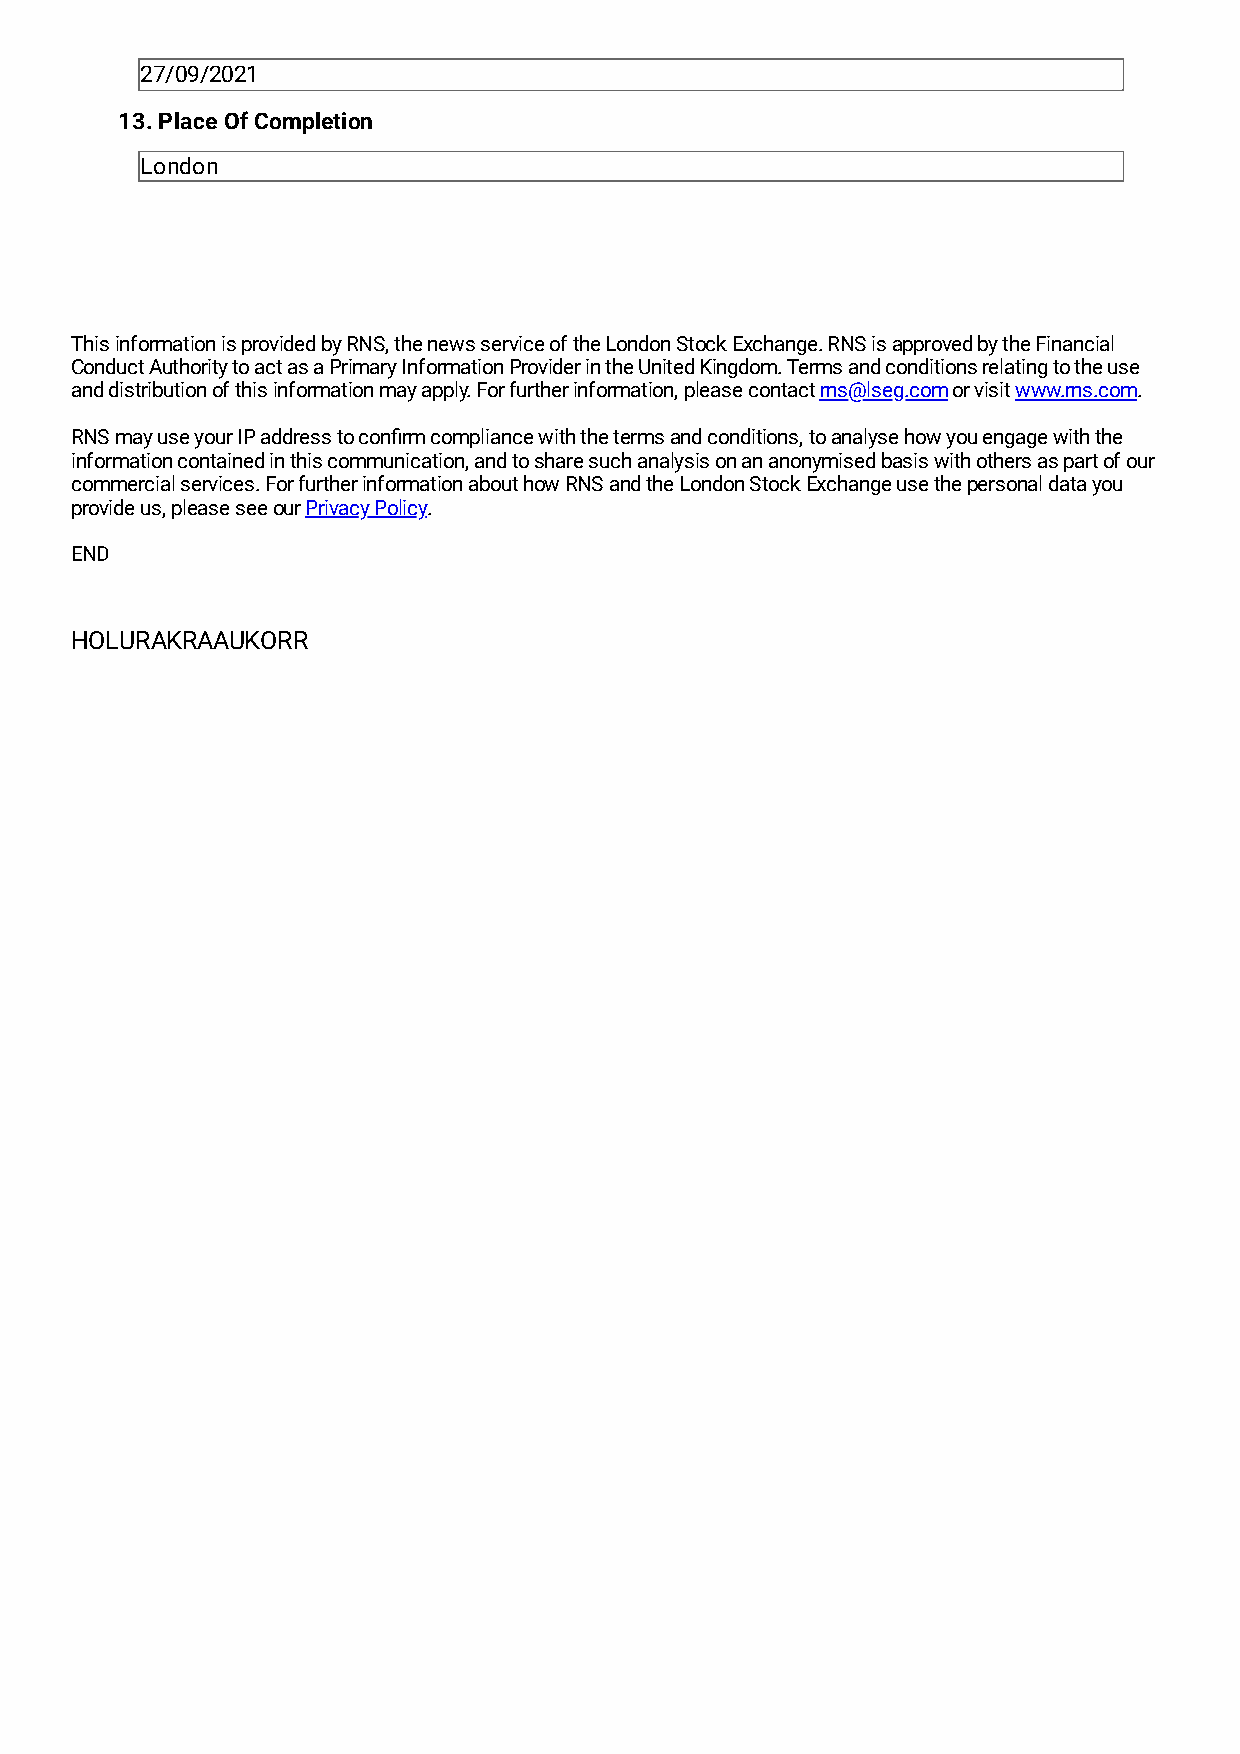
27/09/2021
 13. Place Of Completion
 London
 This information is provided by RNS, the news service of the London Stock Exchange. RNS is approved by the Financial
 Conduct Authority to act as a Primary Information Provider in the United Kingdom. Terms and conditions relating to the use
 and distribution of this information may apply. For further information, please contact rns@lseg.com or visit www.rns.com.
 RNS may use your IP address to confirm compliance with the terms and conditions, to analyse how you engage with the
 information contained in this communication, and to share such analysis on an anonymised basis with others as part of our
 commercial services. For further information about how RNS and the London Stock Exchange use the personal data you
 provide us, please see our Privacy Policy.
 END
 HOLURAKRAAUKORR